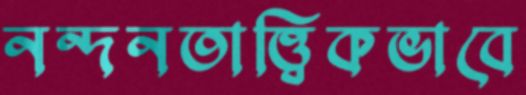
নন্দনতাত্ত্বিকভাবে